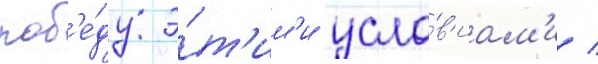
поб'е́ду э́т'им'и усло́в'иам'и /